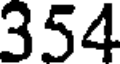
354